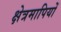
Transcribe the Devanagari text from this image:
क्षेत्रमापियों